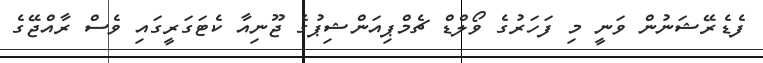
ފެޑެރޭޝަނުން ވަނީ މި ފަހަރުގެ ވޯލްޑް ޗެމްޕިއަންޝިޕުގެ ޖޫނިއާ ކެޓަގަރީގައި ވެސް ރާއްޖޭގެ